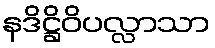
နဒိဋ္ဌိဝိပလ္လာသာ